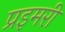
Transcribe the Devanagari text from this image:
प्रइमरी